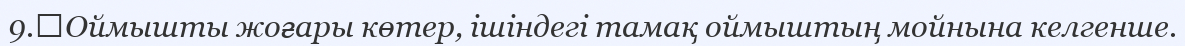
9.	Оймышты жоғары көтер, ішіндегі тамақ оймыштың мойнына келгенше.